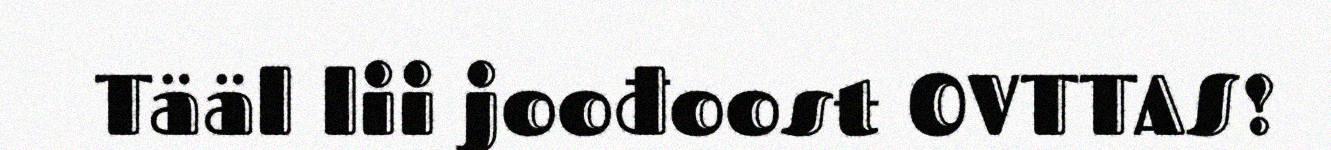
Tääl lii joođoost OVTTAS!